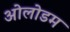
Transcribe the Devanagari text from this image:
ओलोडम